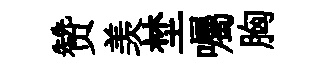
赞羡埜囑胸